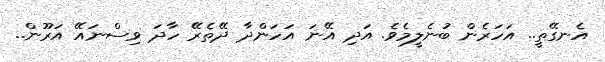
އެނގޭތީ.. އަހަރެން ބުނެލީމެވެ. އަދި އޭނަ އަހަންދާ ދޭތެރޭ ހާދަ ވިސްނައޭ އަރޫން..